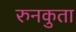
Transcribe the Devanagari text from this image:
रुनकुता